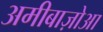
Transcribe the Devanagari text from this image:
अमीबाज़ोआ